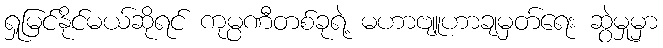
ရှုမြင်နိုင်မယ်ဆိုရင် ကုမ္ပဏီတစ်ခုရဲ့ မဟာဗျူဟာချမှတ်ရေး ဆွဲမှုမှာ